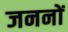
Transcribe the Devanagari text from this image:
जननों